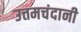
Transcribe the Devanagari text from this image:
उत्तमचंदानी